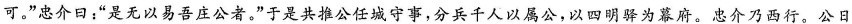
可。”忠介日：”是无以易吾庄公者。”于是共推公任城守事，分兵千人以属公，以四明驿为幕府。忠介乃西行。公日